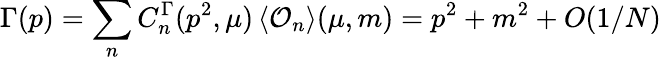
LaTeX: \Gamma(p)=\sum_{n}C_{n}^{\Gamma}(p^{2},\mu)\, \langle{\cal O}_{n}\rangle(\mu,m)=p^{2}+m^{2}+O(1/N)